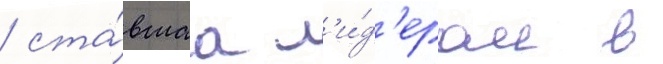
/ ста́вшаа л'и́д'ером в